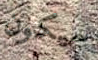
سيكون